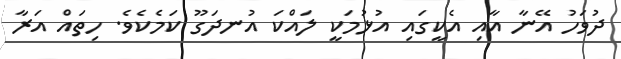
ދުވަހު އޭނާ އާއި އެކީގައި އުޅުމަކީ ލައްކަ އުނދަގޫ ކަމެކެވެ. ހިތައް އަރާ